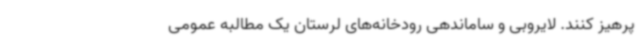
پرهیز کنند. لایروبی و ساماندهی رودخانه‌های لرستان یک مطالبه عمومی